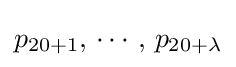
p_{20+1},\,\cdots ,\,p_{20+\lambda }